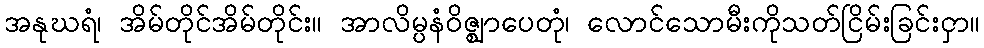
အနုဃရံ၊ အိမ်တိုင်အိမ်တိုင်း။ အာလိမ္ပနံဝိဇ္ဈာပေတုံ၊ လောင်သောမီးကိုသတ်ငြိမ်းခြင်းငှာ။